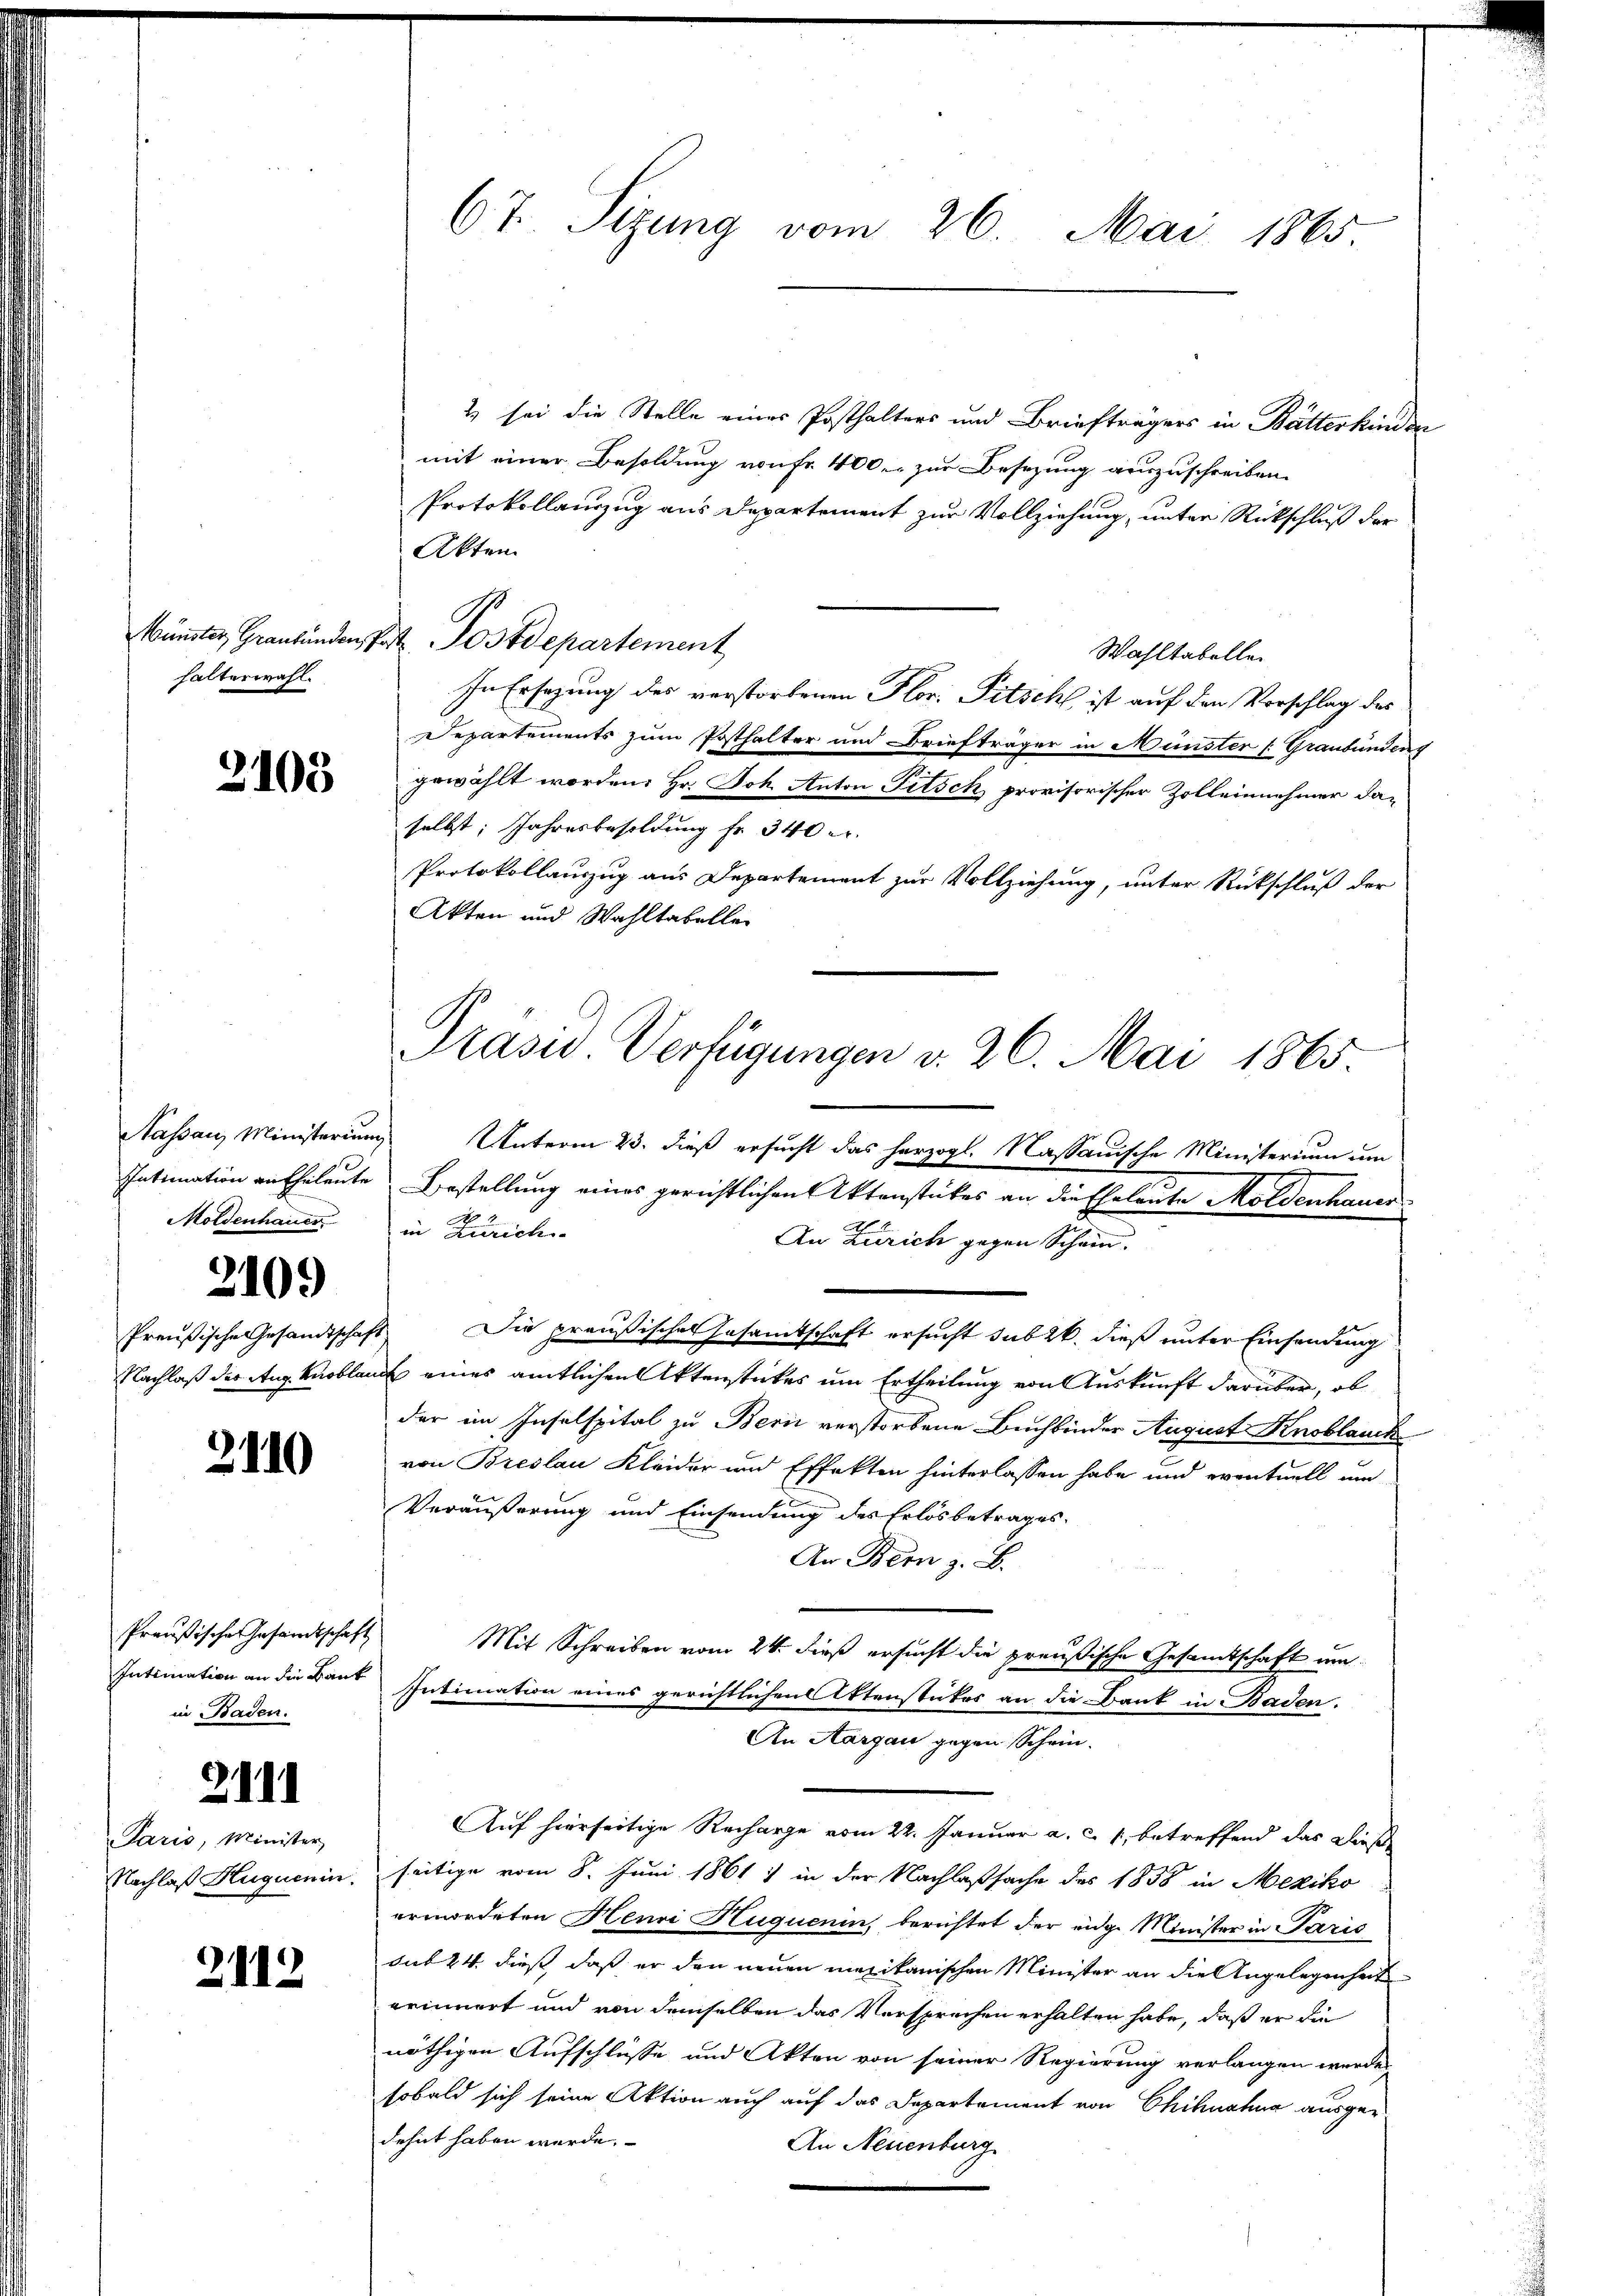
halterwahl.

2103

Moldenhauer
2109
Preußische Gesandtschaft

2110

Preußische Gesandtschaft
Intimation an die Bank
in Baden.

Paris, Minister
Nachlaß Huguenin.

2.III

2112

67. Sizung vom 26. Mai 1865.

2) sei die Stelle eines Posthalters und Briefträgers in Butterkinder
mit einer Besoldung von Fr. 400. zur Besetzung auszuschreiben.
Protokollauszug aus Departement zur Vollziehung, unter Rückschluß der
Akten
Wahltabellei
In Ersezung des verstorbenen Flor. Pitsch ist auf den Vorschlag des
Departements zum Posthalter und Briefträger in Münster (Graubündeng
gewählt worden. Hr. Joh. Anton Titsch provisorischer Zolleinnehmer daselbst, Jahresbesoldung fr. 340 er
Protokollauszug aus Departement zur Vollziehung, unter Rückschluß der
Akten und Wahltabellen
Nassau Ministerium Unterm 23. dieß ersucht das herzogl. Kassauische Ministerium um
Intimation an Eheleute Bestellung eines gerichtlichen Aktenstückes an die Eheleute Moldenhauer
in Zürich
An Zürich gegen Schein.
Die preußisches Gesamtschaft ersucht sub 26. dieß unter Einsendung
Nachlaß der Aug. Knoblauch eines amtlichen Aktenstückes um Ertheilung von Auskunft darüber, ob
der im Inselspital zu Bern verstorbene Buchbinder August Knoblauch
von Breslau Kleider und Effekten hinterlassen habe und eventuell um
Veräußerung und Einsendung des Erlösbetrages.
An Bern z. B.
Mit Schreiben vom 24. dieß ersucht die preußische Gesandtschaft um
Intimation eines gerichtlichen Ottenstükes an die Bank in Baden.
An Aargau gegen Schein.
Auf hierseitige Recharge vom 22. Januar a. c. 1, betreffend das Darst
seitige vom 8. Juni 1861 ) in der Nachlaßsache des 1858 in Mexiko
ermordeten Henri Huquenin, berichtet der eidge Minister in Paris
sub 24 dieß, daß er den neuen mexikanischen Minister an die Angelegenheit
erinnert und von demselben das Versprechen erhalten habe, daß er die
nöthigen Aufschlüsse und Akten von seiner Regierung verlangen werden
sobald sich seine Aktion auch auf das Departement von Chiknahna ausgedehnt haben werde.
An Neuenburg

Präsid. Verfügungen v. 26. Mai 1865.

künster Graubünden Post Postdepartement